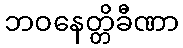
ဘဝနေတ္တိခီဏာ